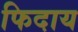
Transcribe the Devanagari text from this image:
फिदाय